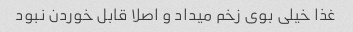
غذا خیلی بوی زخم میداد و اصلا قابل خوردن نبود